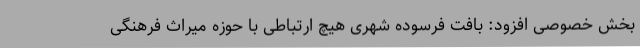
بخش خصوصی افزود: بافت فرسوده شهری هیچ ارتباطی با حوزه میراث فرهنگی